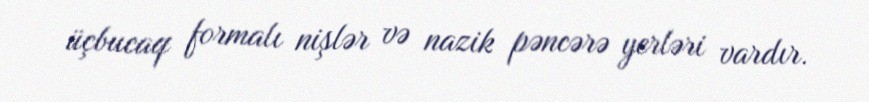
üçbucaq formalı nişlər və nazik pəncərə yerləri vardır.